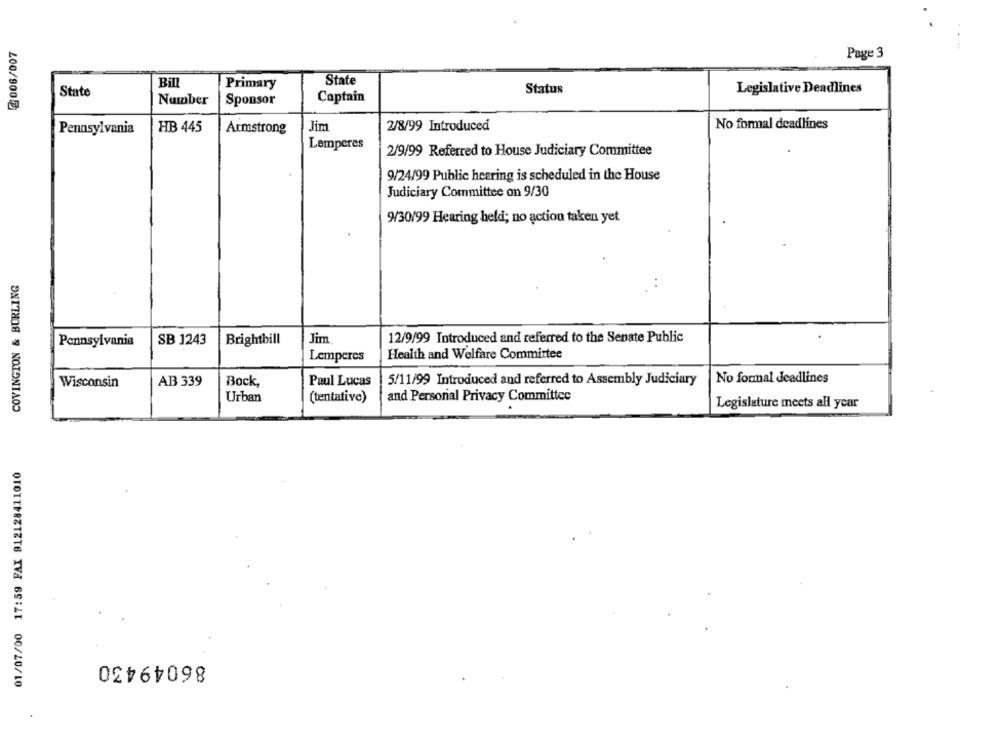
Page 3
State
Bill
Primary
Status
Legislative Deadlines
State
Number
Sponsor
Captain
200/900₺
2/8/99 Introduced
No formal deadlines
Pennsylvania
HB 445
Armstrong
Jim
Lemperes
2/9/99 Referred to House Judiciary Committee
9/24/99 Public hearing is scheduled in the House
Judiciary Committee on 9/30
9/30/99 Hearing held; no action taken yet
COVINGTON & BURLING
SB 1243
Brightbill
Jim
12/9/99 Introduced and referred to the Senate Public
Pennsylvania
Lemperes
Health and Welfare Committee
No formal deadlines
Wisconsin
AB 339
Back,
Paul Lucas
5/11/99 Introduced and referred to Assembly Judiciary
Urban
(tentative)
and Personal Privacy Committee
Legislature meets all year
01/07/00 17:59 FAX 912128411010
86049430